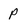
Character: p